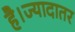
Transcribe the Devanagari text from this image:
है।ज्यादातर